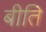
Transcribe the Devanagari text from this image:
बीति